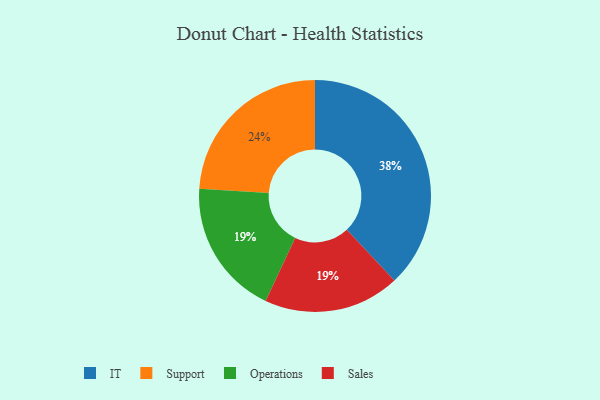
{"axis": {"x": "Category", "y": "Percentage"}, "legend": ["IT", "Operations", "Sales", "Support"], "data": [{"x": "Support", "y": 24, "type": "Support"}, {"x": "Operations", "y": 19, "type": "Operations"}, {"x": "IT", "y": 38, "type": "IT"}, {"x": "Sales", "y": 19, "type": "Sales"}]}